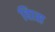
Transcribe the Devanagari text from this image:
विास